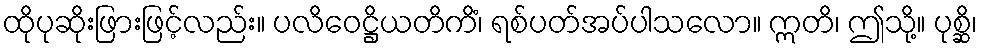
ထိုပုဆိုးဖြားဖြင့်လည်း။ ပလိဝေဋ္ဌိယတိကိံ၊ ရစ်ပတ်အပ်ပါသလော။ ဣတိ၊ ဤသို့။ ပုစ္ဆိ၊